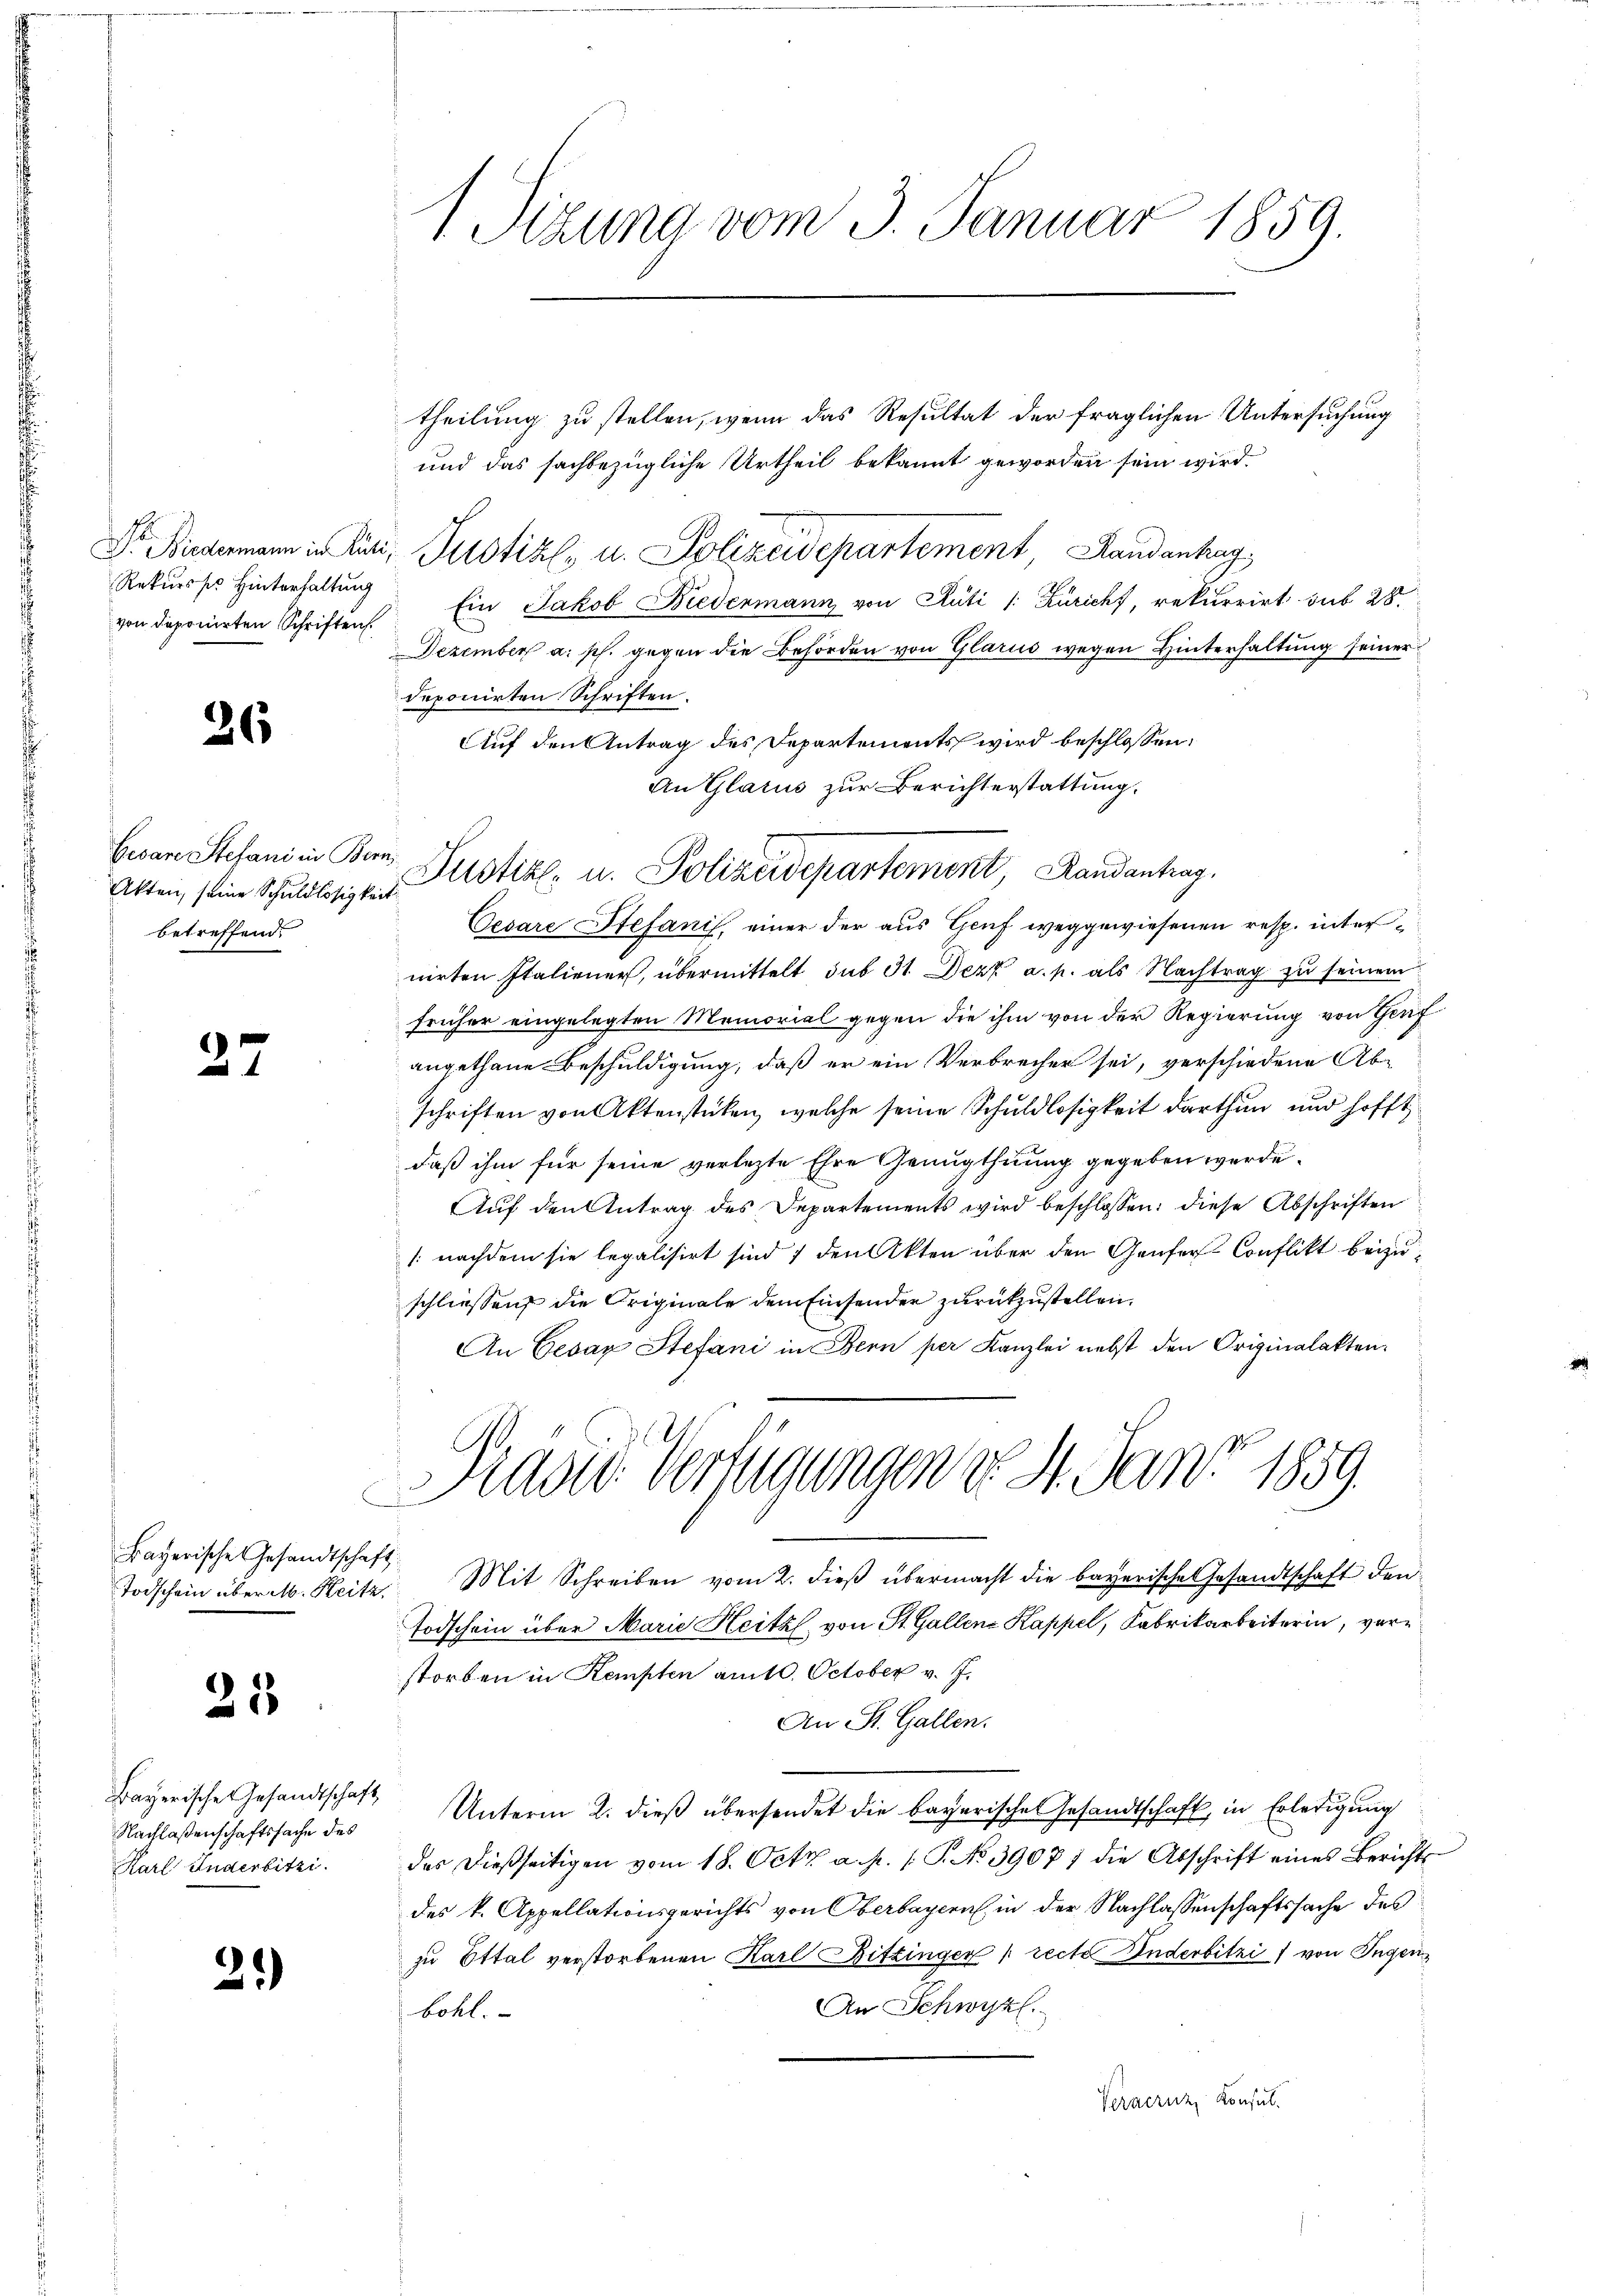
Rekursss Hinterhaltung
von deponirten Schriften

26

Gevare Stefani in Bern
betreffend.

27

Bayerische Gesandtscha,

25

Nachlaßenschaftssache des
Karl Inderbitzi.

2.)

1 Sizung vom 3. Januar 1859.

An Glarus zur Berichterstattung.
Atten, seine Schŭldigten Plistik u. Polizeidepartement, Randantrag,

theilung zu stellen, wenn das Resultat der fraglichen Untersuchung
und das sachbezügliche Urtheil bekannt geworden sein wird.
Dr. Findermann in lini, Justiz- u. Polizeidepartement, Handenhag
Ein Jakob Niedenmann von Pläti /: Züricht, rekurrirt sub 28.
Dezember a. p. gegen die Behörden von Glarus wegen Hinterhaltung seiner
deponirten Schriften.
Auf den Antrag des Departements wird beschlossen:
Cesare Stefanis, einer der aus Genf weggewiesenen resp. internirten Italiener, übermittelt sub 31. Dezk a. p. als Nachtrag zu seinem
früher eingelegten Memorial gegen die ihm von der Regierung von Genf
angethane Beschuldigung, daß er ein Verbrecher sei, verschiedene Abschriften von Aktenstücken, welche seine Schuldlosigkeit darthun und hofft
daß ihm für seine verlezte Ehre Genugthuung gegeben werde.
Aŭf den Antrag des Departements wird beschlossen: diese Abschriften
/: nachdem sie legalisirt sind 7 den Akten über den Genfer Conflikt beizuschliessen die Originale dem Einsenden zurückzustellen.
An Cesar Stefani in Bern per Kanzlei nebst den Originalakten.
Präsid. Verfügungen d. 4. Jan. 1859.
1
Todschein über M. Heitz. Mit Schreiben vom 2. dieβ übermacht die bayerische Gesandtschaft den
Todschein über Marie Heitzl von St. Gallene Kappel, Fabrikarbeiterin, verstorben in Kempten am 10. October v. J.
An St. Gallen.
Bayerische Gesandtschaft Unterm 2. dieß übersendet die bayerische Gesandtschaft, in Erledigung
des dießseitigen vom 18. Oct. a. p. /: P. No 39071 die Abschrift eines Berichts-
des k. Appellationsgerichts von Oberbayern in der Nachlassenschaftssache des
zu Ottal verstorbenen Karl Bitzinger [recte Enderbitzi) von Ingen
An Schwyz.
böhl.
Vernernz Konsul